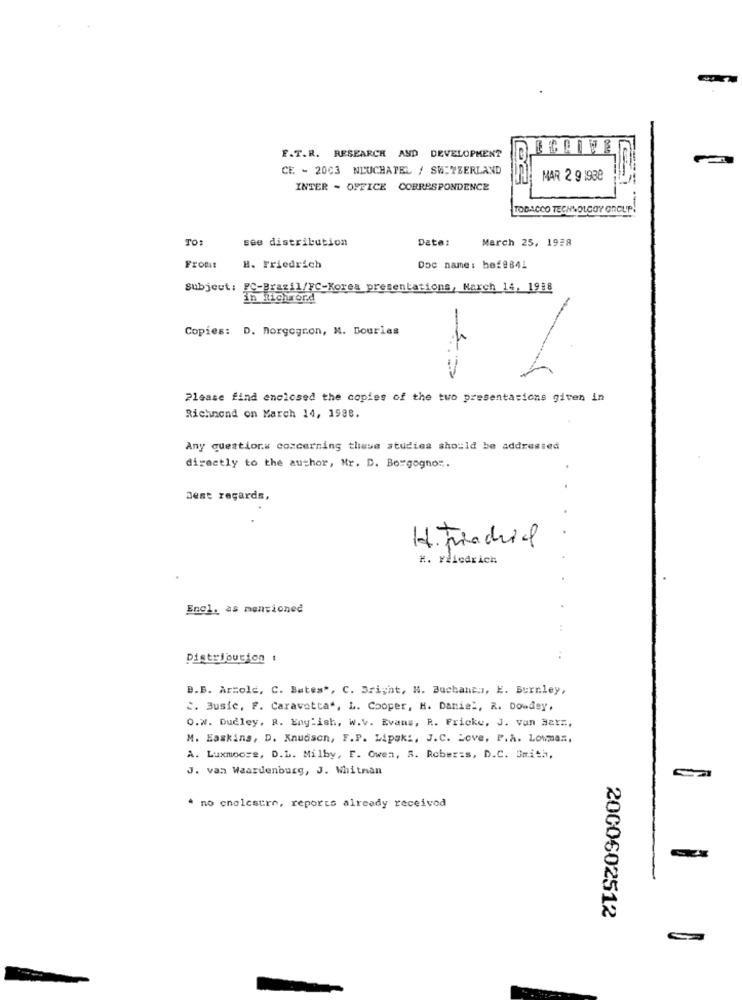
F.T.R. RESEARCH AND DEVELOPMENT
CE - 2003 NEUCHATEL / SWITZERLAND
MAR 2 91938
INTER - OFFICE CORRESPONDENCE
TOBACCO TECHNOLOGY ONCLIP!
TO:
see distribution
Data:
March 25, 1928
Front
H. Friedrich
Doc name: hef@841
Subject:
:- Brazil/FC-Korea presentations, March 14, 1918
Copies: D. Norgegron, M. Bourlas
Please find enclosed the copies of the two presentations given in
Richmond on March 14, 1588.
Any questions concerning these studies should be addressed
directly to the author, Mr. D. Borgogno :.
Best regards,
H. Findrial
H. rdiedrich
Enel. as mentioned
Distribucion :
B.B. Arzole, C. Bates", C. Bright, N. Buchanen, E. Burnley,
2. Busic, F. Caravotta", L. Cooper, H. Daniel, R. Dowdey,
O.W. Dudley, R. English, W.v. Evans, R. Fricke, J. van Hetz,
M. Easkina, D. Knudsen, F.P. Lipak :, J.C. Love, P.A. Lowmas,
A. Luxmoore, D.L. Milby, F. Owen, S. Roberts, D.C. Smith,
J. van Waardenburg, J. Whitnan
* no cnelestre, reports already received
2000602512